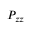
P _ { z z }